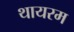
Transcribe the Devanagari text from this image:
थायरम